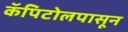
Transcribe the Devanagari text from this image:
कॅपिटोलपासून